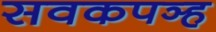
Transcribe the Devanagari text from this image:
सवकपञ्ह